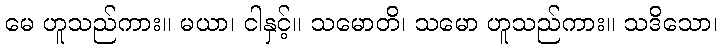
မေ ဟူသည်ကား။ မယာ၊ ငါနှင့်။ သမောတိ၊ သမော ဟူသည်ကား။ သဒိသော၊